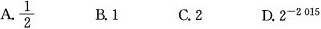
A. \frac{1}{2} B1 C.2 D.2^{-2015}